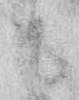
ニ